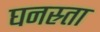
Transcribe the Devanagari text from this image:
घनस्र्ता